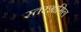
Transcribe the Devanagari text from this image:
स्तरशामिल